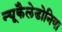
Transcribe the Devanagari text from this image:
न्यूकैलेडोनिया